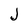
Character: J